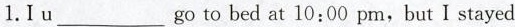
1.I u ___ go to bed at 10:00 pm,but I stayed